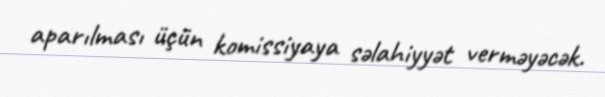
aparılması üçün komissiyaya səlahiyyət verməyəcək.